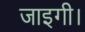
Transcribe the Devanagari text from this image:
जाइगी।